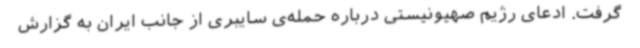
گرفت. ادعای رژیم صهیونیستی درباره حمله‌ی سایبری از جانب ایران به گزارش